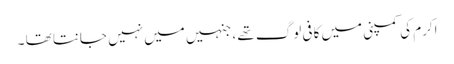
اکرم کی کمپنی میں کافی لوگ تھے ، جنہیں میں نہیں جانتا تھا ۔